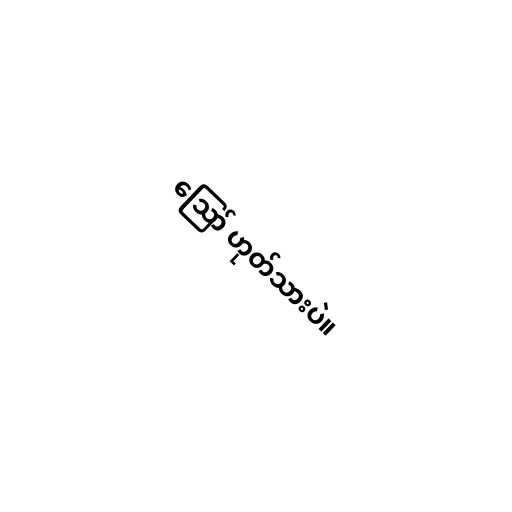
ဪ ဟုတ်သားပဲ။